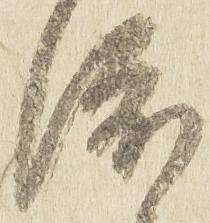
渡